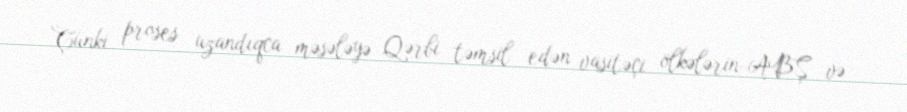
Çünki proses uzandıqca məsələyə Qərbi təmsil edən vasitəçi ölkələrin-ABŞ və